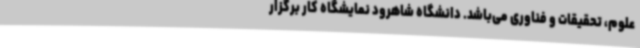
علوم، تحقیقات و فناوری می‌باشد. دانشگاه شاهرود نمایشگاه کار برگزار